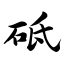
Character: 砥